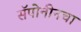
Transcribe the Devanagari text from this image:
सॅपोनीनचा